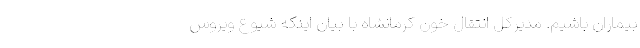
بیماران باشیم. مدیرکل انتقال خون کرمانشاه با بیان اینکه شیوع ویروس